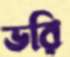
ভরি